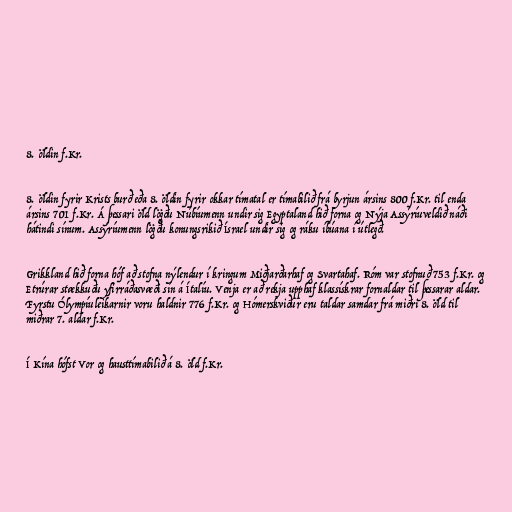
8. öldin f.Kr.

8. öldin fyrir Krists burð eða 8. öldin fyrir okkar tímatal er tímabilið frá byrjun ársins 800 f.Kr. til enda
ársins 701 f.Kr. Á þessari öld lögðu Núbíumenn undir sig Egyptaland hið forna og Nýja Assýríuveldið náði
hátindi sínum. Assýríumenn lögðu konungsrikið Ísrael undir sig og ráku íbúana í útlegð.

Grikkland hið forna hóf að stofna nýlendur í kringum Miðjarðarhaf og Svartahaf. Róm var stofnuð 753 f.Kr. og
Etrúrar stækkuðu yfirráðasvæði sín á Ítalíu. Venja er að rekja upphaf klassískrar fornaldar til þessarar aldar.
Fyrstu Ólympíuleikarnir voru haldnir 776 f.Kr. og Hómerskviður eru taldar samdar frá miðri 8. öld til
miðrar 7. aldar f.Kr.

Í Kína hófst Vor og hausttímabilið á 8. öld f.Kr.